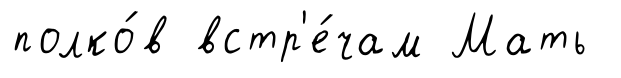
полко́в встр'е́чам Мать